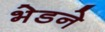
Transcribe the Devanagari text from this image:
भेडने